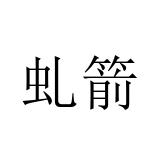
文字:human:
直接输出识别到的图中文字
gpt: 虬箭